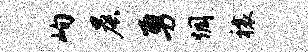
峋晨勇惆禳